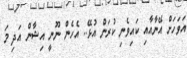
އަވަހަށް އޭނާއާއި ކައިވެނި ކުރަން އުޅޭ.. އެހެން ނޫނީ އިޝާން އަދި މަ